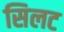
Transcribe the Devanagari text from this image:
सिलट